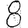
Digit: 8